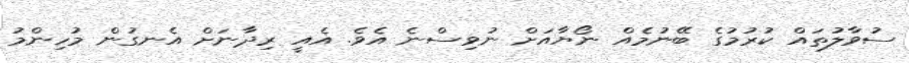
ސުވާލުތައް ކުރުމުގެ ބޭނުމެއް ނޯޔާއަށް ނުވިސްނެ އެވެ. އެއީ ރިދާނަށް އެނގުން މުހިންމު